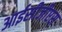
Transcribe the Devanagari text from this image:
आईसीजीएस